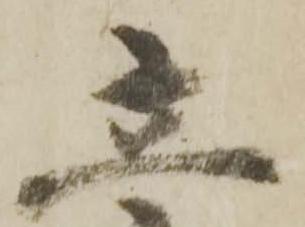
立